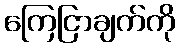
ကြေငြာချက်ကို